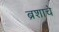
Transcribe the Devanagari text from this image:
ब्रशाचे